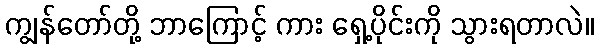
ကျွန်တော်တို့ ဘာကြောင့် ကား ရှေ့ပိုင်းကို သွားရတာလဲ။